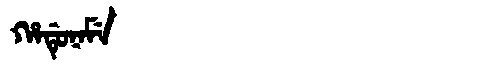
Manchu: ᡥᠠᡩᡠᠨᠠᠮᡝ
Romanization: HADUNAME